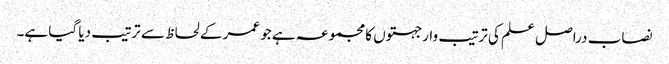
نصاب دراصل علم کی ترتیب وار جہتوں کا مجموعہ ہے جو عمر کے لحاظ سے ترتیب دیا گیا ہے۔